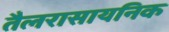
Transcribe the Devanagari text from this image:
तैलरासायनिक